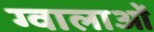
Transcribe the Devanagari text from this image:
ग्वालाओं